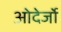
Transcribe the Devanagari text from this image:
ओदेर्जो